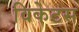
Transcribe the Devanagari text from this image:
विकेटस